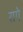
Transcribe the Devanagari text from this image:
रागे